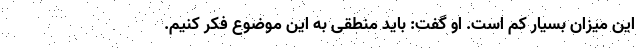
این میزان بسیار کم است. او گفت: باید منطقی به این موضوع فکر کنیم.